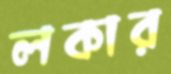
লকার